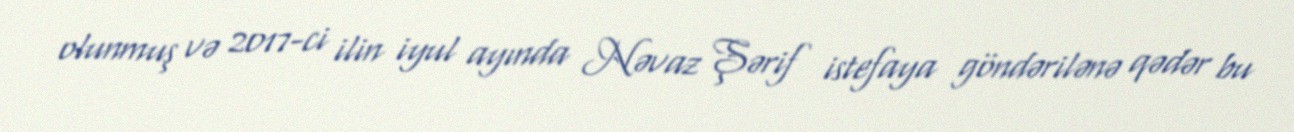
olunmuş və 2017-ci ilin iyul ayında Nəvaz Şərif istefaya göndərilənə qədər bu